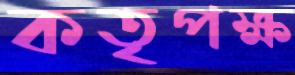
কতৃপক্ষ